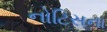
નોટિસના